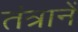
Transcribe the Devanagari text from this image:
तंत्रानें